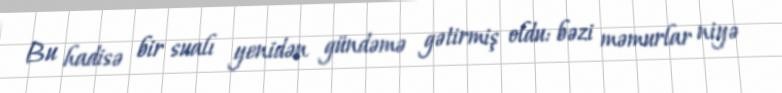
Bu hadisə bir sualı yenidən gündəmə gətirmiş oldu: bəzi məmurlar niyə